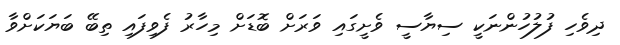
ދިވެހި ފުލުހުންނަކީ ސިޔާސީ ވެށީގައި ވަރަށް ބޮޑަށް މިހާރު ފެވިފައި ތިބޭ ބަޔަކަށްވާ